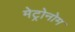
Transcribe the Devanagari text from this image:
मेट्रोनोम